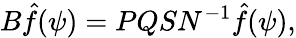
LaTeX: B\hat{f}(\psi)=PQSN^{-1}\hat{f}(\psi),